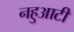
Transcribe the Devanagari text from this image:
नहुआटी